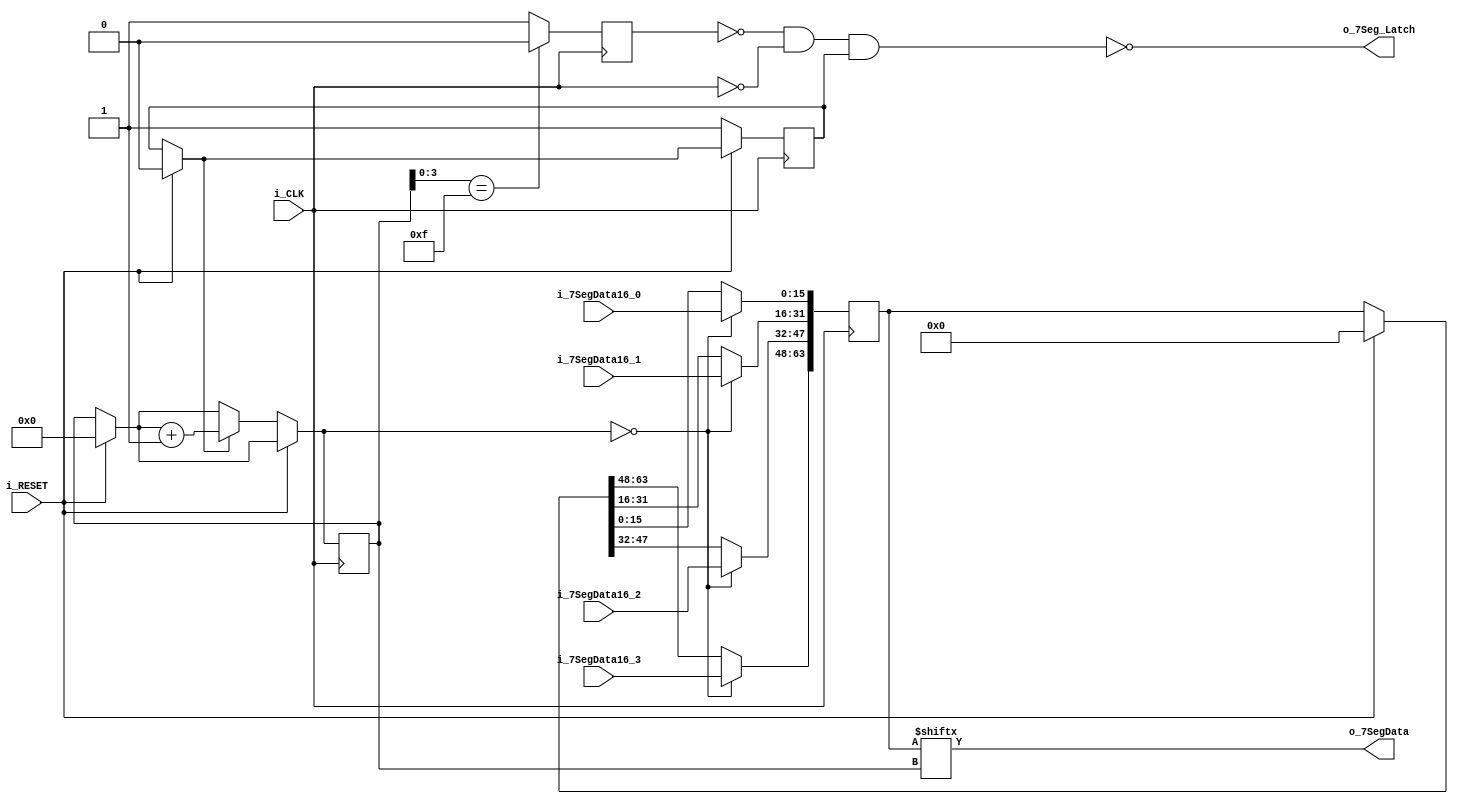
`timescale 1ns / 1ps
//////////////////////////////////////////////////////////////////////////////////
// Company: 
// Engineer: 
// 
// Design Name: 
// Module Name:    SevenSeg_Seriallizer 
// Project Name: 
// Target Devices: 
// Tool versions: 
// Description: 
//
// Dependencies: 
//
// Revision: 
// Revision 0.01 - File Created
// Additional Comments: 
//
//////////////////////////////////////////////////////////////////////////////////
module SevenSeg_Seriallizer (
    input i_CLK,	// ~i_CLK to 7SEG_CLK
    input [15:0] i_7SegData16_0,
    input [15:0] i_7SegData16_1,
    input [15:0] i_7SegData16_2,
    input [15:0] i_7SegData16_3,
    input i_RESET,
    output o_7SegData,
    output o_7Seg_Latch	// active low
    );
	
	reg [5:0] _pos;
	
	reg _working;
	
	reg _last_pos_low;
	
	reg [63:0] _int_7SegData64;

	assign o_7SegData = _int_7SegData64[_pos];
	
	assign o_7Seg_Latch = ~(~_last_pos_low & ~i_CLK & _working);

	initial
	begin
	
		_pos = 6'h0;
		_working = 0;
		_last_pos_low = 0;
		_int_7SegData64 = 64'h0000000000000000;
		
	end
	
	always @ (posedge i_CLK)
	begin
	
		if (i_RESET)
		begin
		
			_pos = 6'h0;
			_working = 0;
			_int_7SegData64 = 64'h0000000000000000;
			
		end
		
		
		if (~i_RESET)
		begin
			if (_working == 0)
				_working = 1;
			else if (_working == 1)
				_pos = _pos + 1;
		end
		
		if (_pos == 6'b000000)
		begin
			_int_7SegData64[15 -: 16] = i_7SegData16_0;
			_int_7SegData64[31 -: 16] = i_7SegData16_1;
			_int_7SegData64[47 -: 16] = i_7SegData16_2;
			_int_7SegData64[63 -: 16] = i_7SegData16_3;
		end
		
	end
	
	always @ (negedge i_CLK)
	begin
		
		if (_pos[3 -: 4] == 4'b1111)
			_last_pos_low = 0;
		else
			_last_pos_low = 1;
	end

endmodule